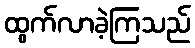
ထွက်လာခဲ့ကြသည်